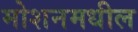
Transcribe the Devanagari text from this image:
मोशनमधील